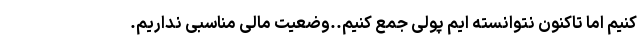
کنیم اما تاکنون نتوانسته ایم پولی جمع کنیم..وضعیت مالی مناسبی نداریم.